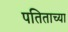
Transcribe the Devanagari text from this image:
पतिताच्या